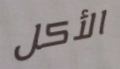
الأكل